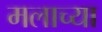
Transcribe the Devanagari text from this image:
मलाच्या